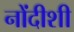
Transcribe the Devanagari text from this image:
नोंदीशी